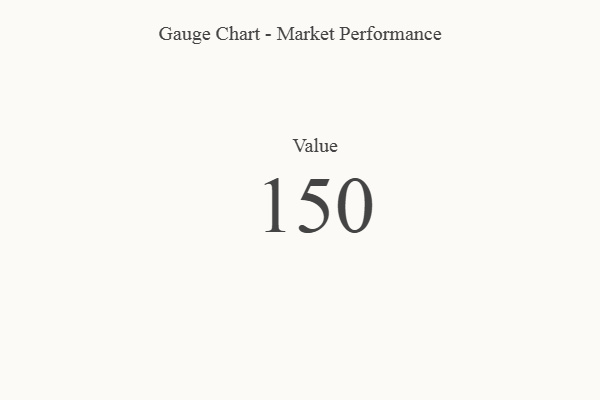
{"axis": {"x": "Metric", "y": "Value"}, "legend": [""], "data": [{"x": "Value", "y": 150, "type": ""}]}